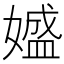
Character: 𡡛